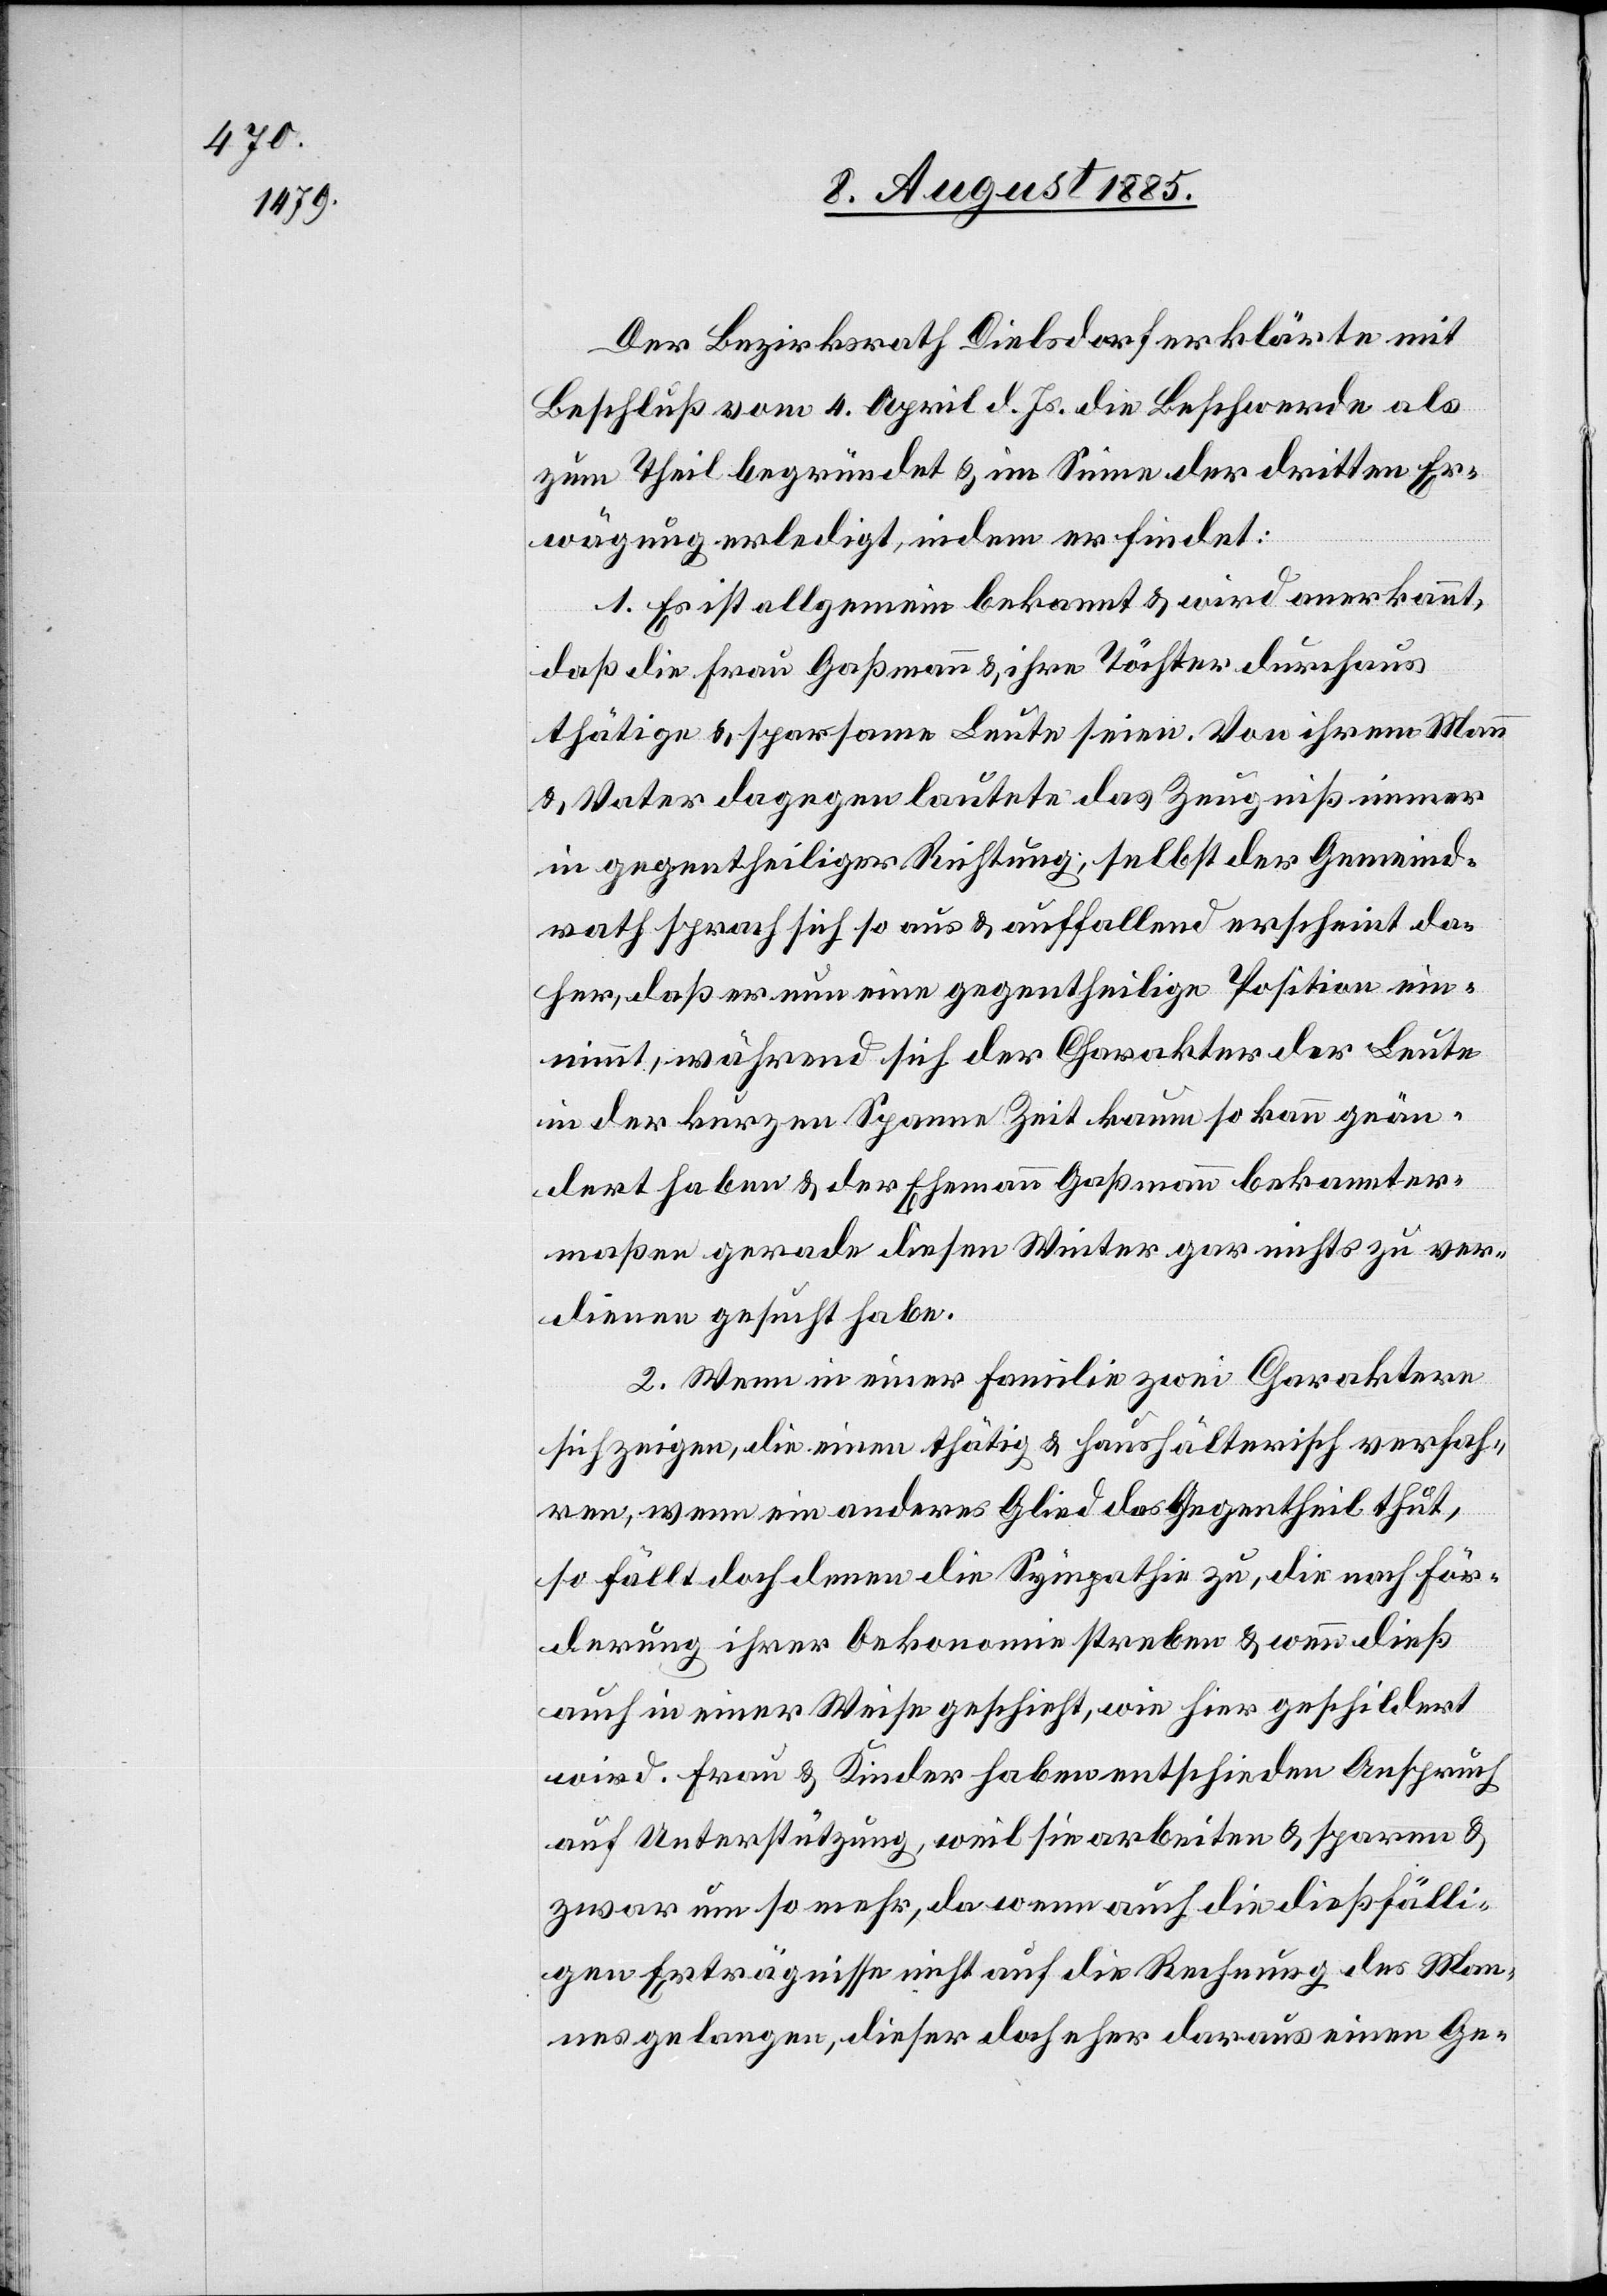
Der Bezirksrath Dielsdorf erklärte mit
Beschluß vom 4. April d. Js. die Beschwerde als
zum Theil begründet & im Sinne der dritten Er¬
wägung erledigt, indem er findet:
1. Es ist allgemein bekannt & wird anerkannt,
daß die Frau Gaßmann & ihre Töchter durchaus
thätige & sparsame Leute seien. Von ihrem Mann
& Vater dagegen lautete das Zeugniß immer
in gegentheiliger Richtung, selbst der Gemeind¬
rath sprach sich so aus & auffallend erscheint da¬
her, daß er nun einen gegentheilge Position ein¬
nimmt, während sich der Charakter der Leute
in der kurzen Spanne Zeit kaum so kann geän¬
dert haben & der Ehemann Gaßmann gerade
verdienen gesucht habe.
2. Wenn in einer Familie zwei Charaktere
sich zeigen, die einen thätig & haushälterisch verfah¬
ren, wenn ein anderes Glied das Gegentheil thut,
so fällt doch denen die Sympathie zu, die nach För¬
derung ihrer Oekonomie streben & wenn dieß
auch in einer Weise geschieht, wie hier geschildert
wird. Frau & Kinder haben entschieden Anspruch
auf Unterstützung, weil sie arbeiten & sparen &
zwar um so mehr, da wenn auch die dießfälli¬
gen Erträgnisse nicht auf die Rechnung des Man¬
nes gelangen, dieser doch eher daraus einen Ge-